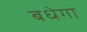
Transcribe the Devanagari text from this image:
बधेगा